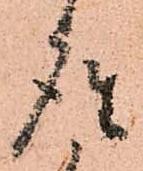
座